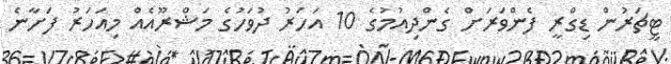
ޓީޗަރުން ޑިގްރީ ފެންވަރަށް ގެންދިއުމުގެ 10 އަހަރު ދުވަހުގެ މަޝްރޫއެއް މިއަހަރު ފަށާނެ